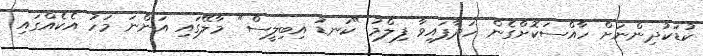
ކުޑަކުދިންނަށް ހާއްސަކޮށްގެން ހަދާފައިވާ ފިލްމު "ކަނޑު އިބިލީސް" މާލޭގައި އަންނަ މަހު އެކެއްގައި